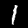
Label: 1